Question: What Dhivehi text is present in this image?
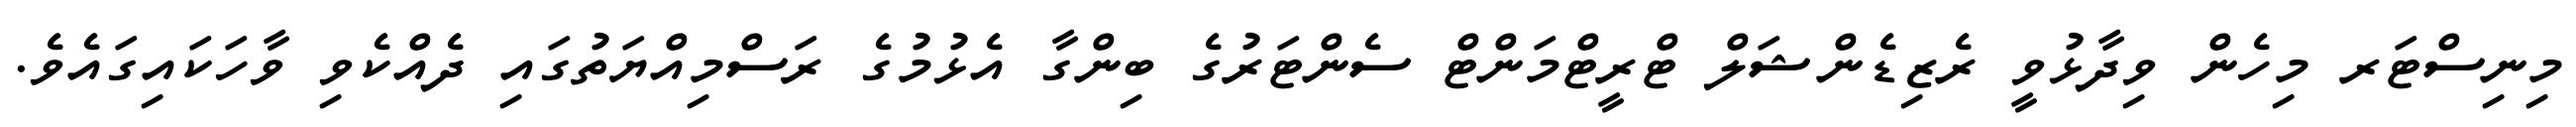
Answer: މިނިސްޓަރ މިހެން ވިދާޅުވީ ރެޒިޑެންޝަލް ޓްރީޓްމަންޓް ސެންޓަރުގެ ބިންގާ އެޅުމުގެ ރަސްމިއްޔަތުގައި ދެއްކެވި ވާހަކައިގައެވެ.